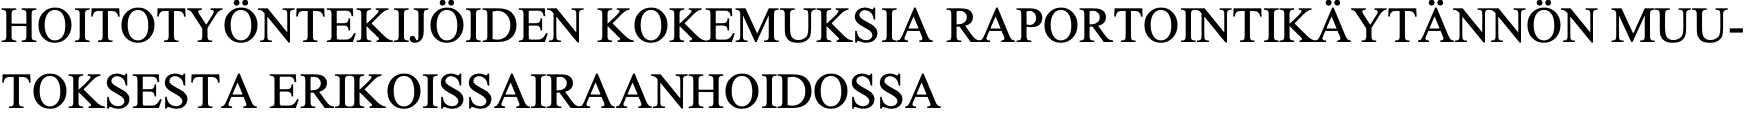
HOITOTYÖNTEKIJÖIDEN KOKEMUKSIA RAPORTOINTIKÄYTÄNNÖN  MUU- TOKSESTA ERIKOISSAIRAANHOIDOSSA